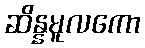
ဆိန္နမူလကော